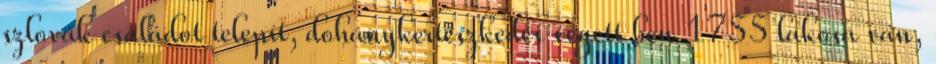
szlovák családot telepít, dohánykertészkedés végett ben 1755 lakosa van,